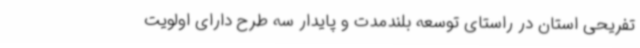
تفریحی استان در راستای توسعه بلندمدت و پایدار سه طرح دارای اولویت